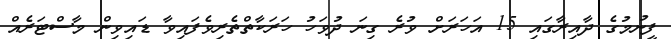
ފީނުމުގެ ދާއިރާގައި 15 އަހަރަށް ވުރެ ގިނަ ދުވަހު ހަރަކާތްތެރިވެފައިވާ ޑައިވިން މާސްޓަރެއް